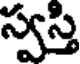
స్వస్తి